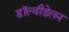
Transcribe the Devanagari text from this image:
डॉल्वीडेलन